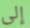
إلى